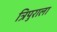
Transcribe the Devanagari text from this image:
त्रिपुराला